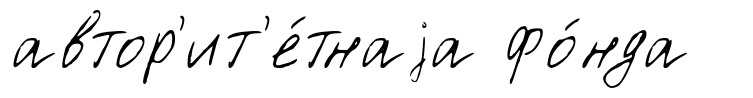
автор'ит'е́тнаjа фо́нда